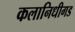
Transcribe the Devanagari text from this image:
कलानिधीगड